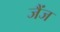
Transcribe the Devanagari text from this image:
जैंज